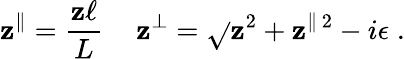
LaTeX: \mathbf{z}^{\| }=\frac{{\mathbf{z}\ell}}{{L}}\, \quad\mathbf{z}^{\perp}=\sqrt{}{{\mathbf{z}^{2}+\mathbf{z}^{\| \, 2}-i\epsilon}}\; .